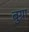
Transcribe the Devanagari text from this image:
बुग्रा